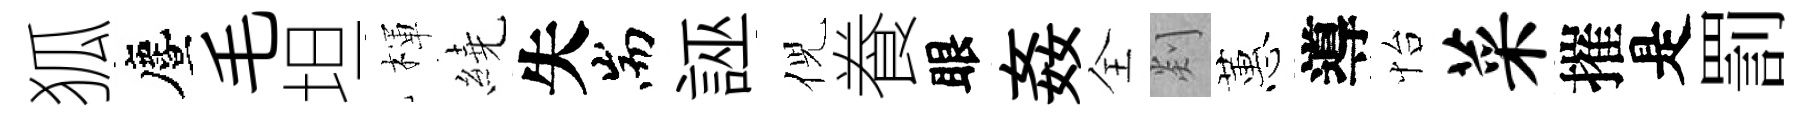
狐󵨌毛坦楎繞失耑誣倪飬眼姦全剡蕙導怡菜摧是罰